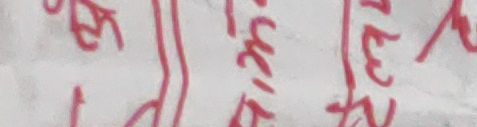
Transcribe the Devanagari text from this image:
खि म सुकी खे १ २ ले रे